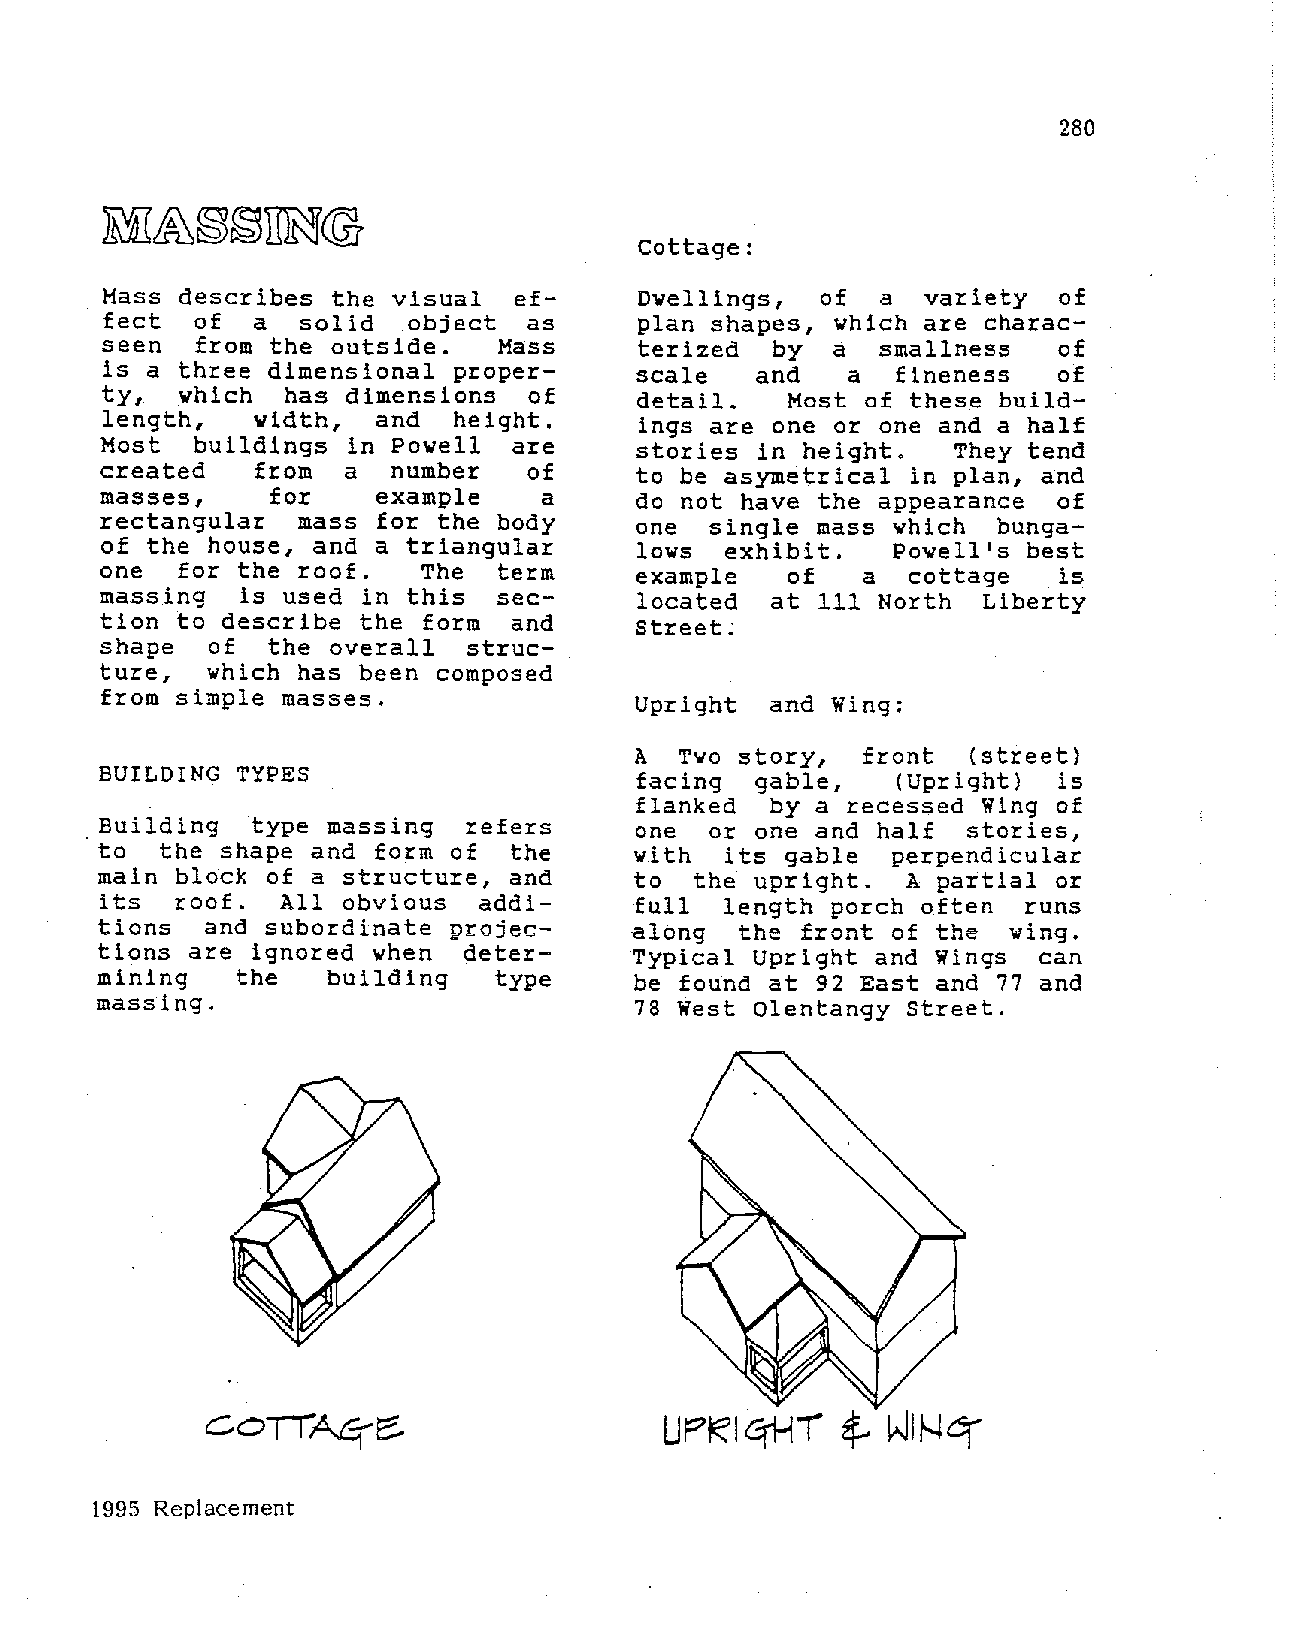
280
 Cottage:
 Mass describes the visual  ef      Dwellings,  of  a  variety  of
 fect  of  a  solid  object  as     plan shapes, which are charac
 seen  from the outside.   Mass     terized  by  a  smallness   of
 is a three dimensional proper      scale   and   a  fineness   of
 ty,  which  has dimensions  of     detail.   Most of these build
 length,   width,  and  height.     ings are one or one and a half
 Most  buildings in Powell  are     stories in height.   They tend
 created   from  a  number   of     to be asymetrical in plan, and
 masses,    for    example    a     do not have the appearance  of
 rectangular  mass for the body     one  single mass which  bunga
 of the house, and a triangular     lows  exhibit.   Powell's best
 one  for the roof.   The  term     example   of   a  cottage   is
 massing  is used in this  sec      located  at 111 North  Liberty
 tion to describe the form  and     Street;
 shape  of  the overall  struc
 ture,  which has been composed
 from simple masses.
 Upright  and Wing:
 A  Two story,  front  (street)
 BUILDING TYPES
 facing  gable,   (Upright)  is
 flanked  by a recessed Wing of
 Building  type massing  refers     one  or one and half  stories,
 to  the shape and form of  the     with  its gable  perpendicular
 main block of a structure, and     to  the upright.  A partial or
 its  roof.  All obvious  addi      full  length porch often  runs
 tions  and subordinate projec      along  the front of the  wing.
 tions are ignored when  deter      Typical Upright and Wings  can
 mining   the   building   type     be found at 92 East and 77 and
 massing.                           78 West Olentangy Street.
 1995 Replacement